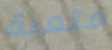
متعبة